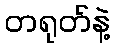
တရုတ်နဲ့